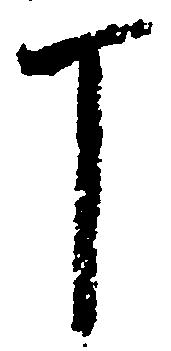
丁